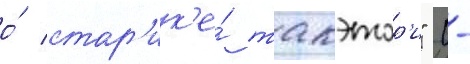
о́ стар'ик'е́ такэтор'и" (-